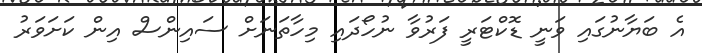
އެ ބަޔާނުގައި ވަނީ ޑޮކްޓަރީ ފަރުވާ ނުހޯދައި މިހާތަނަށް ސައިންސް އިން ކަށަވަރު